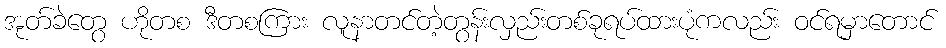
အုတ်ခဲတွေ ဟိုတစ ဒီတစကြား လူနာတင်တဲ့တွန်းလှည်းတစ်ခုရပ်ထားပုံကလည်း ဝင်ရမှာတောင်